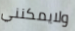
ولايمكنني